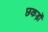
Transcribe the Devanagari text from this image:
छकड़ों